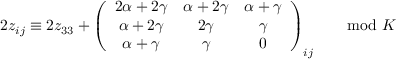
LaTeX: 2 z _ { i j } \equiv 2 z _ { 3 3 } + \left( \begin{array} { c c c } { { 2 \alpha + 2 \gamma } } & { { \alpha + 2 \gamma } } & { { \alpha + \gamma } } \\ { { \alpha + 2 \gamma } } & { { 2 \gamma } } & { { \gamma } } \\ { { \alpha + \gamma } } & { { \gamma } } & { { 0 } } \end{array} \right) _ { i j } \qquad \mathrm { m o d } \ K